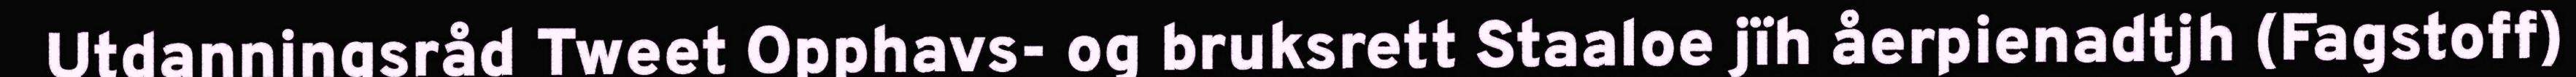
Utdanningsråd Tweet Opphavs- og bruksrett Staaloe jïh åerpienadtjh (Fagstoff)